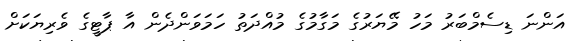
އަންނަ ޑިސެމްބަރު މަހު މޭޔަރުގެ މަގާމުގެ މުއްދަތު ހަމަވަންދެން އާ ޕާޓީގެ ވެރިޔަކަށް